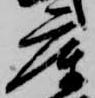
庫